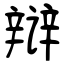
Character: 辩